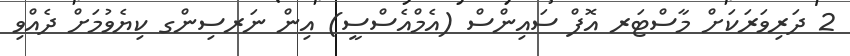
2 ދަރިވަރަކަށް މާސްޓަރ އޮފް ސައިންސް (އެމްއެސްސީ) އިން ނަރސިންގ ކިޔެވުމަށް ދެއްވި